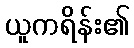
ယူကရိန်း၏